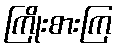
ကြိုးစားကြ